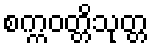
စက္ကဝတ္တိသုတ္တ